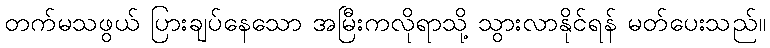
တက်မသဖွယ် ပြားချပ်နေသော အမြီးကလိုရာသို့ သွားလာနိုင်ရန် မတ်ပေးသည်။